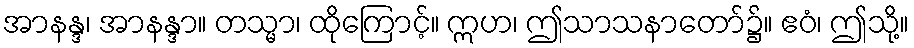
အာနန္ဒ၊ အာနန္ဒာ။ တသ္မာ၊ ထိုကြောင့်။ ဣဟ၊ ဤသာသနာတော်၌။ ဧဝံ၊ ဤသို့။